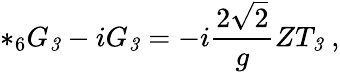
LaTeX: *_{6}G_{\mathit 3}-iG_{\mathit 3}=-i\frac{2\sqrt{2}}{g}ZT_{\mathit 3}\ ,